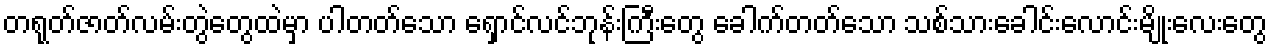
တရုတ်ဇာတ်လမ်းတွဲတွေထဲမှာ ပါတတ်သော ရှောင်လင်ဘုန်းကြီးတွေ ခေါက်တတ်သော သစ်သားခေါင်းလောင်းမျိုးလေးတွေ